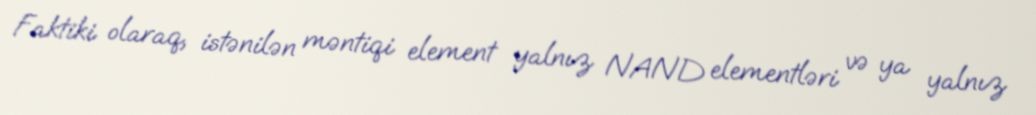
Faktiki olaraq, istənilən məntiqi element yalnız NAND elementləri və ya yalnız